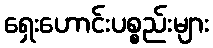
ရှေးဟောင်းပစ္စည်းများ